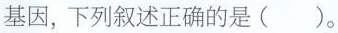
基因，下列叙述正确的是()。